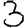
Digit: 3